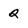
Character: Q